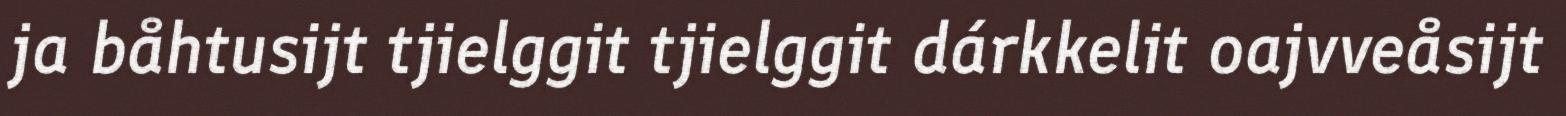
ja båhtusijt tjielggit tjielggit dárkkelit oajvveåsijt